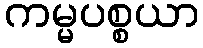
ကမ္မပစ္စယာ